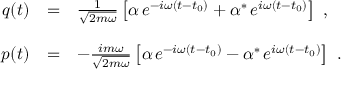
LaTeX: \begin{array} { r c l } { { q ( t ) } } & { { = } } & { { \frac { 1 } { \sqrt { 2 m \omega } } \left[ \alpha \, e ^ { - i \omega ( t - t _ { 0 } ) } + \alpha ^ { * } \, e ^ { i \omega ( t - t _ { 0 } ) } \right] \ , } } \\ { { } } & { { } } & { { } } \\ { { p ( t ) } } & { { = } } & { { - \frac { i m \omega } { \sqrt { 2 m \omega } } \left[ \alpha \, e ^ { - i \omega ( t - t _ { 0 } ) } - \alpha ^ { * } \, e ^ { i \omega ( t - t _ { 0 } ) } \right] \ . } } \end{array}